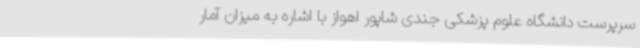
سرپرست دانشگاه علوم پزشکی جندی شاپور اهواز با اشاره به میزان آمار